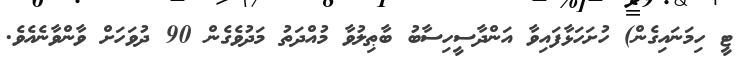
ޓީ ހިމަނައިގެން) ހުށަހަޅާފައިވާ އަންދާސީހިސާބު ބާޠިލުވާ މުއްދަތު މަދުވެގެން 90 ދުވަހަށް ވާންވާނެއެވެ.